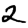
Digit: 2